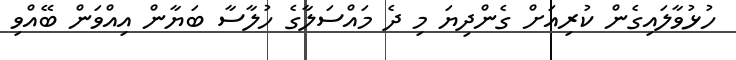
ހުޅުވާލައިގެން ކުރިއަށް ގެންދިޔަ މި ދެ މައްސަލާގެ ހުލާސާ ބަޔާން އިއްވަން ބޭއްވި